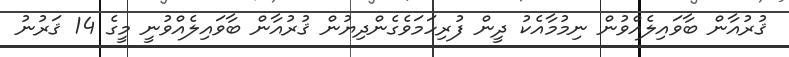
ޤުރުއާން ބާވައިލެއްވުން ނިމުމާއެކު ދީން ފުރިހަމަވެގެންދިޔުން ޤުރުއާން ބާވައިލެއްވުނީ މީގެ 14 ޤަރުނު